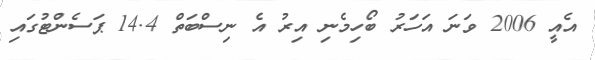
އެއީ 2006 ވަނަ އަހަރު ބޯހިމެނި އިރު އެ ނިސްބަތް 14.4 ޕަސެންޓުގައި